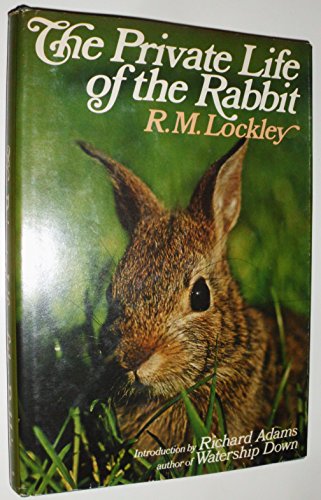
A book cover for The Private Life of the Rabbit: An Account of the Life History and Social Behavior of the Wild Rabbit; R. M. Lockley; Crafts, Hobbies & Home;